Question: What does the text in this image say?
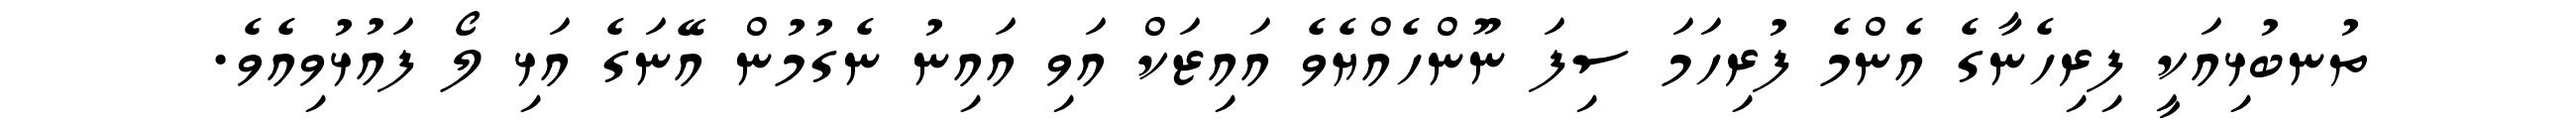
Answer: ތުނބުޅިއަކީ ފިރިހެނާގެ އެންމެ ފުރިހަމަ ސިފަ ނޫންހެއްޔެވެ އައިޒަކް އަވި އައިނު ނެގުމުން އޭނަގެ އަޅި ލޯ ފައުޅުވިއެވެ.